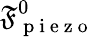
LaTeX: \mathfrak{F}_{\mathrm{{~p~i~e~z~o~}}}^{0}